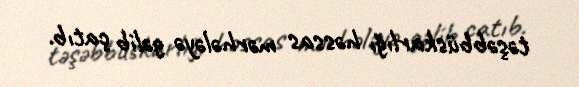
təşəbbüskarlığı həssas mərhələyə gəlib çatıb.